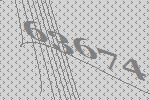
63674